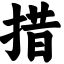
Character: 措